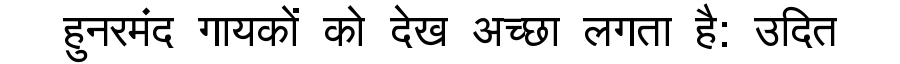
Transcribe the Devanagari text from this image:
हुनरमंद गायकों को देख अच्छा लगता है: उदित